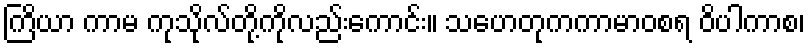
ကြိယာ ကာမ ကုသိုလ်တို့ကိုလည်းကောင်း။ သဟေတုကကာမာဝစရ ဝိပါကာစ၊